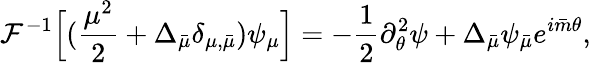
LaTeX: \mathcal{F}^{-1}\Big[(\frac{\mu^{2}}{2}+\Delta_{\bar{\mu}}\delta_{\mu,\bar{\mu}})\psi_{\mu}\Big]=-\frac{1}{2}\partial_{\theta}^{2}\psi+\Delta_{\bar{\mu}}\psi_{\bar{\mu}}e^{i{\bar{m}}\theta},